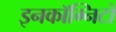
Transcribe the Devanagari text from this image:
इनकॉग्निटो